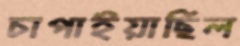
চাপাইয়াছিল